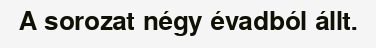
A sorozat négy évadból állt.